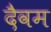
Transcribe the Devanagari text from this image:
दैवम